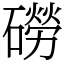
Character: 磱